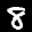
Label: 8